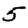
Digit: 5